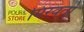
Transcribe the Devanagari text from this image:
मिरवतो